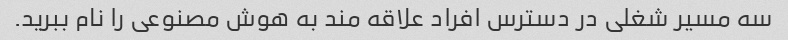
سه مسیر شغلی در دسترس افراد علاقه مند به هوش مصنوعی را نام ببرید.